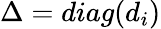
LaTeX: \Delta=diag(d_{i})